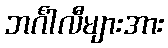
ဘင်္ဂါလီများအား